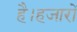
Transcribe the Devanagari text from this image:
है।हजारों